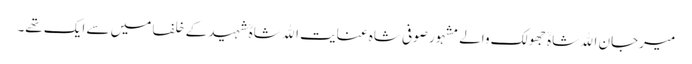
میرجان اﷲ شاہؒ جھولک والے مشہور صوفی شاہ عنایت اﷲ شاہؒ شہید کے خلفا میں سے ایک تھے۔